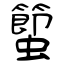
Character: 蠞